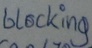
Text: blocking